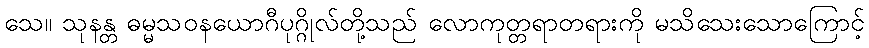
သေ။ သုနန္တ ဓမ္မသဝနယောဂီပုဂ္ဂိုလ်တို့သည် လောကုတ္တရာတရားကို မသိသေးသောကြောင့်